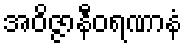
အဝိဇ္ဇာနီဝရဏာနံ